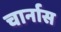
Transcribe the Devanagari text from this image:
चार्नास